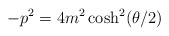
\begin{align*}-p^2 = 4 m^2 \cosh ^2 (\theta/ 2)\end{align*}